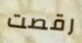
رقصت